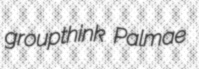
groupthink Palmae